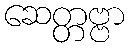
ဆေတ္တဗ္ဗာ